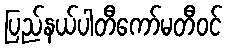
ပြည်နယ်ပါတီကော်မတီဝင်